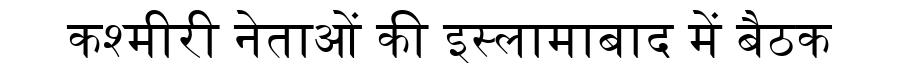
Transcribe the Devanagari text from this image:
कश्मीरी नेताओं की इस्लामाबाद में बैठक